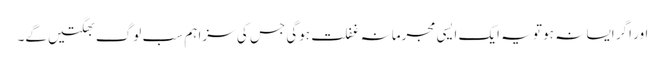
اور اگر ایسا نہ ہو تو یہ ایک ایسی مجرمانہ غفلت ہوگی جس کی سزا ہم سب لوگ بھگتیں گے۔